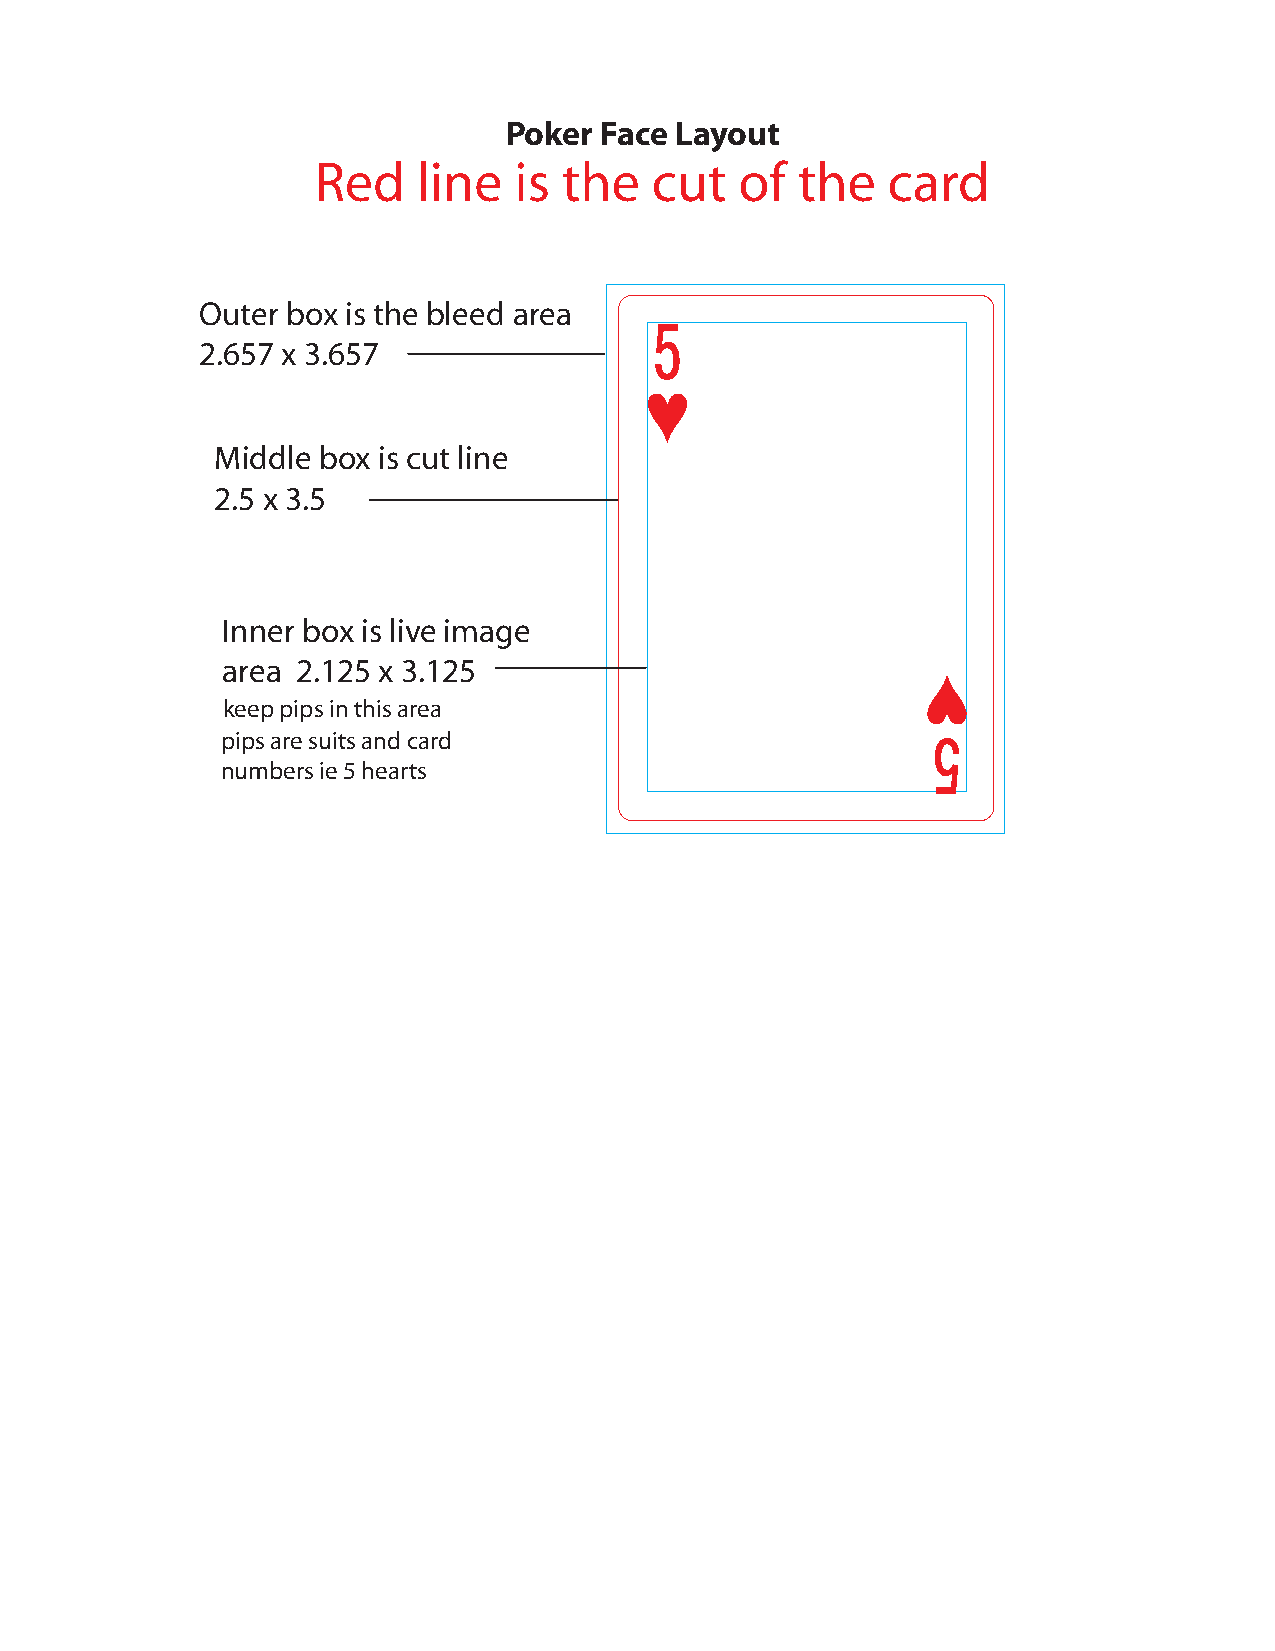
Poker  Face Layout
 Red    line  is the   cut   of  the   card
 Outer box is the bleed area
 2.657 x 3.657
 Middle box is cut line
 2.5 x 3.5
 Inner box is live image
 area 2.125 x 3.125
 keep pips in this area
 pips are suits and card
 numbers ie 5 hearts